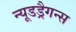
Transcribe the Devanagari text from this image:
न्यूडड्रैगन्स